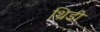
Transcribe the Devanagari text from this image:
थ्रिडी